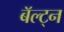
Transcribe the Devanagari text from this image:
बॅल्ट्न